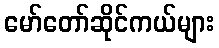
မော်တော်ဆိုင်ကယ်များ